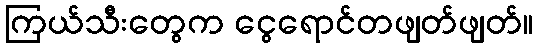
ကြယ်သီးတွေက ငွေရောင်တဖျတ်ဖျတ်။